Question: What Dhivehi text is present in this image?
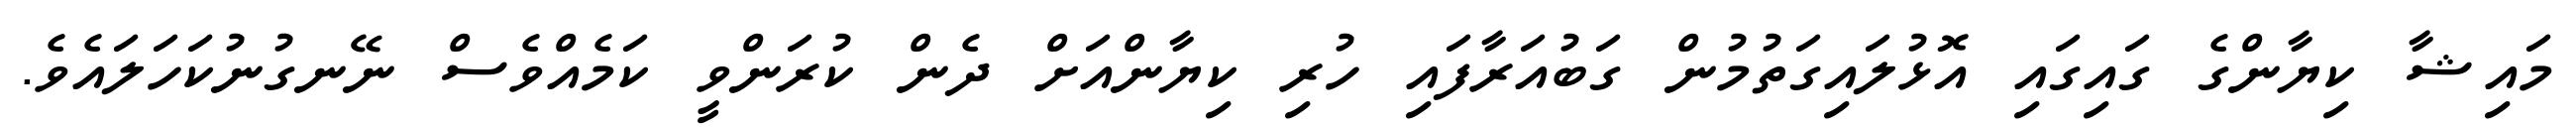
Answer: މައިޝާ ކިޔާންގެ ގައިގައި އޮޅުލައިގަތުމުން ގަބުއަރާފައި ހުރި ކިޔާންއަށް ދެން ކުރަންވީ ކަމެއްވެސް ނޭނގުނުކަހަލައެވެ.